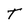
Character: T